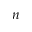
n